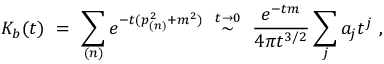
K _ { b } ( t ) \ = \ \sum _ { ( n ) } e ^ { - t ( p _ { ( n ) } ^ { 2 } + m ^ { 2 } ) } \ \stackrel { t \rightarrow 0 } { \sim } \ \frac { e ^ { - t m } } { 4 \pi t ^ { 3 / 2 } } \sum _ { j } a _ { j } t ^ { j } \ ,